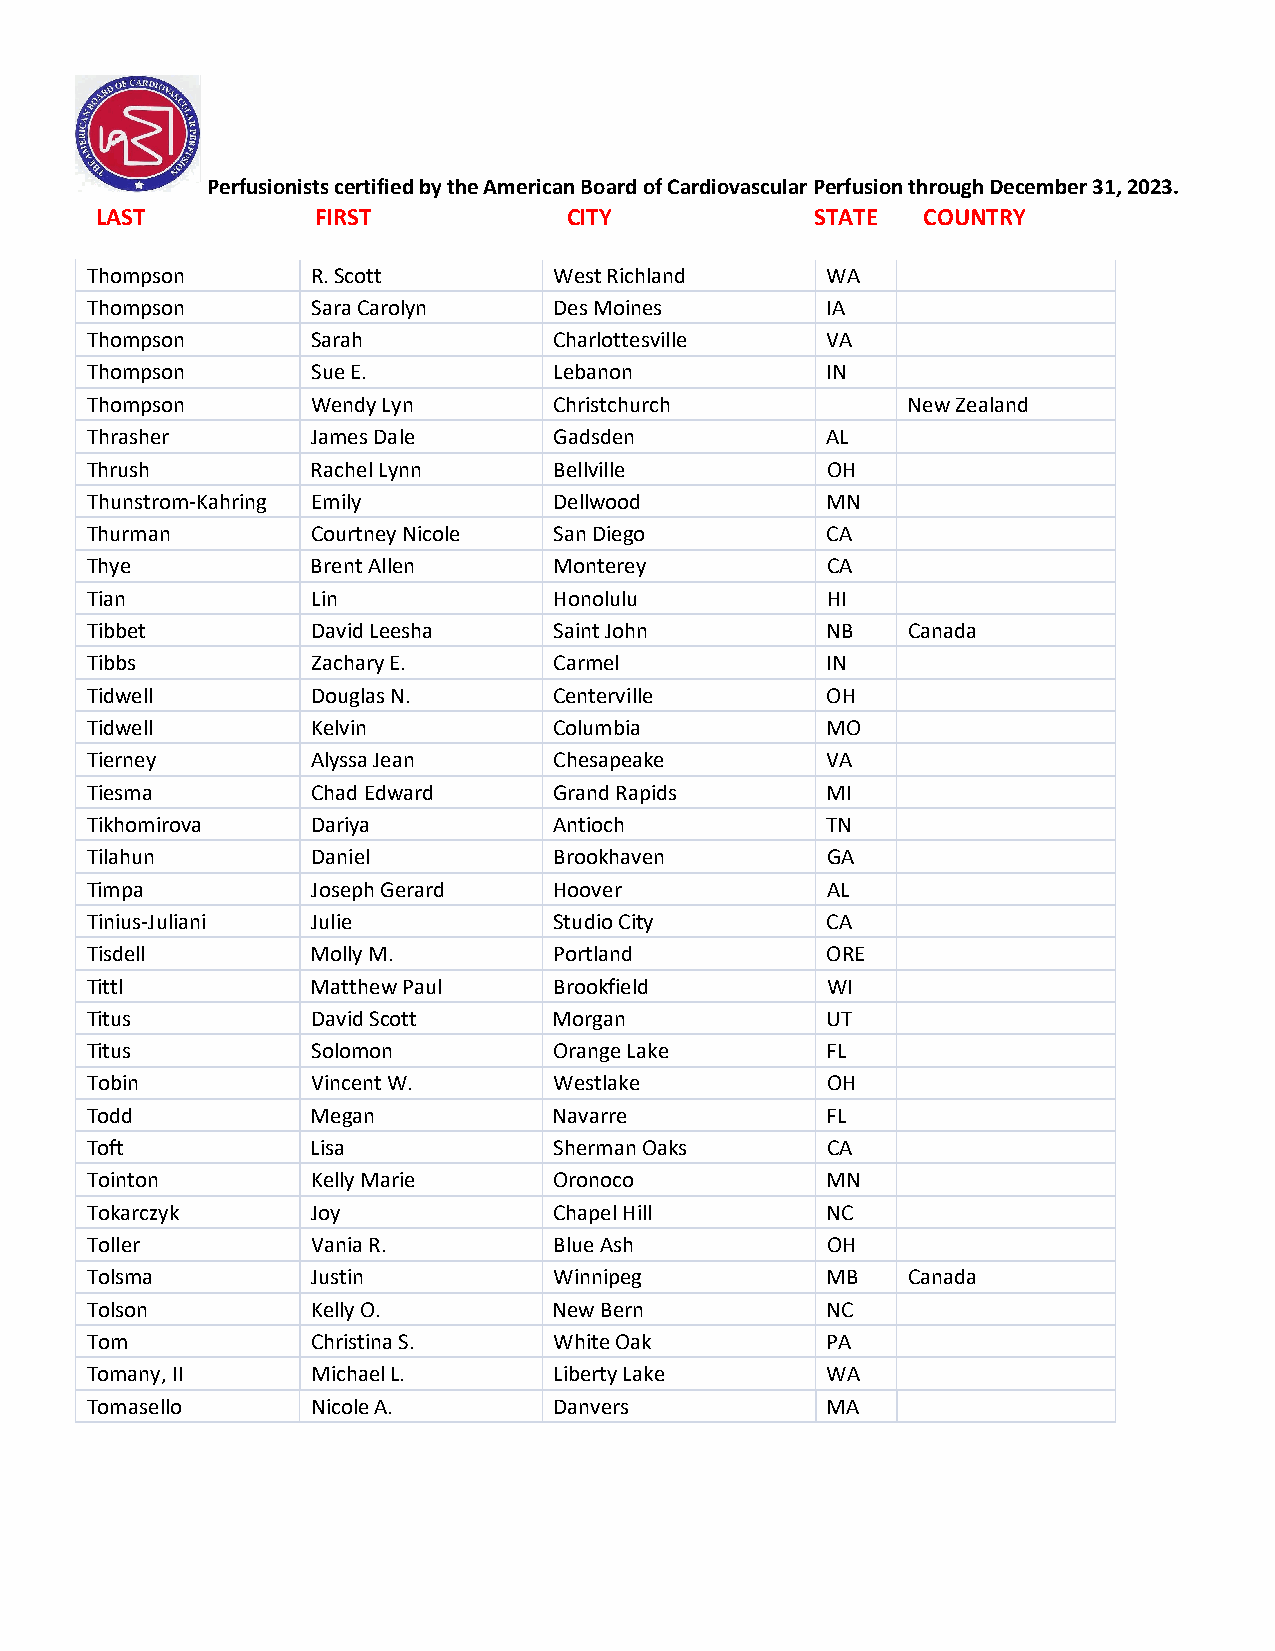
Perfusionists certified by the American Board of Cardiovascular Perfusion through December 31, 2023.
 LAST           FIRST            CITY            STATE  COUNTRY
 Thompson       R. Scott        West Richland     WA
 Thompson       Sara Carolyn    Des Moines        IA
 Thompson       Sarah           Charlottesville   VA
 Thompson       Sue E.          Lebanon           IN
 Thompson       Wendy Lyn       Christchurch           New Zealand
 Thrasher       James Dale      Gadsden           AL
 Thrush         Rachel Lynn     Bellville         OH
 Thunstrom-Kahring Emily        Dellwood          MN
 Thurman        Courtney Nicole San Diego         CA
 Thye           Brent Allen     Monterey          CA
 Tian           Lin             Honolulu          HI
 Tibbet         David Leesha    Saint John        NB   Canada
 Tibbs          Zachary E.      Carmel            IN
 Tidwell        Douglas N.      Centerville       OH
 Tidwell        Kelvin          Columbia          MO
 Tierney        Alyssa Jean     Chesapeake        VA
 Tiesma         Chad Edward     Grand Rapids      MI
 Tikhomirova    Dariya          Antioch           TN
 Tilahun        Daniel          Brookhaven        GA
 Timpa          Joseph Gerard   Hoover            AL
 Tinius-Juliani Julie           Studio City       CA
 Tisdell        Molly M.        Portland          ORE
 Tittl          Matthew Paul    Brookfield        WI
 Titus          David Scott     Morgan            UT
 Titus          Solomon         Orange Lake       FL
 Tobin          Vincent W.      Westlake          OH
 Todd           Megan           Navarre           FL
 Toft           Lisa            Sherman Oaks      CA
 Tointon        Kelly Marie     Oronoco           MN
 Tokarczyk      Joy             Chapel Hill       NC
 Toller         Vania R.        Blue Ash          OH
 Tolsma         Justin          Winnipeg          MB   Canada
 Tolson         Kelly O.        New Bern          NC
 Tom            Christina S.    White Oak         PA
 Tomany, II     Michael L.      Liberty Lake      WA
 Tomasello      Nicole A.       Danvers           MA